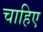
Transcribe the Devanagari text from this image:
चाहिए